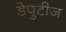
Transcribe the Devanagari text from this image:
डेपुटीज